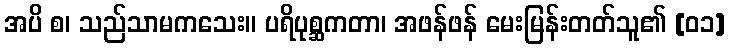
အပိ စ၊ သည်သာမကသေး။ ပရိပုစ္ဆကတာ၊ အဖန်ဖန် မေးမြန်းတတ်သူ၏ [၀၁]